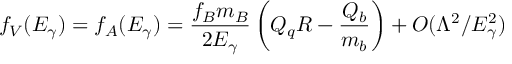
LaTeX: f _ { V } ( E _ { \gamma } ) = f _ { A } ( E _ { \gamma } ) = \frac { f _ { B } m _ { B } } { 2 E _ { \gamma } } \left( Q _ { q } R - \frac { Q _ { b } } { m _ { b } } \right) + { \cal O } ( \Lambda ^ { 2 } / E _ { \gamma } ^ { 2 } )